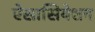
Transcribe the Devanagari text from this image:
ऐसासियेशन